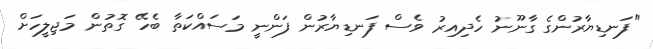
"ފަނޑިޔާރުންގެ ގާނޫނު ހެދިއިރު ވެސް ފަނޑިޔާރުން ފަންނީ މަސައްކަތާ ބެހޭ ގޮތުން މަޖިލީހަށް